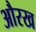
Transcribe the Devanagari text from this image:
औरख